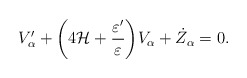
\begin{align*}V'_{\alpha} + \biggl( 4 {\cal H} + \frac{\varepsilon'}{\varepsilon}\biggr) V_{\alpha} + \dot{Z}_{\alpha} =0.\end{align*}